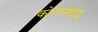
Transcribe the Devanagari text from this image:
कोरोनोइड्स